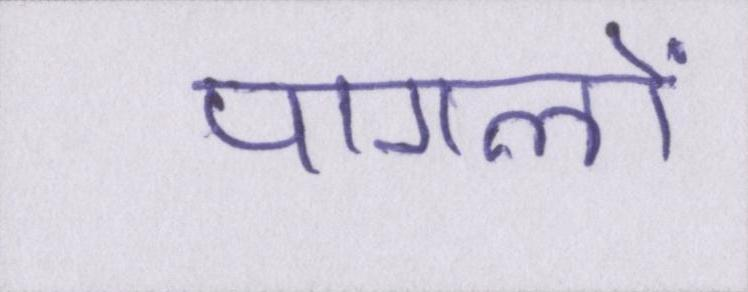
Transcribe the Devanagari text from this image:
पागलों